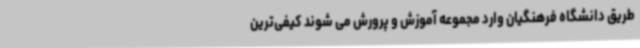
طریق دانشگاه فرهنگیان وارد مجموعه آموزش و پرورش می شوند کیفی‌ترین